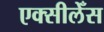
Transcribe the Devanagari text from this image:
एक्सीलेँस